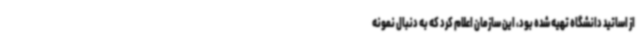
از اساتید دانشگاه تهیه شده بود، این سازمان اعلام کرد که به دنبال نمونه